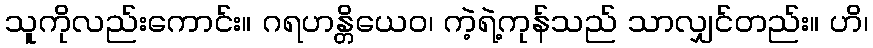
သူကိုလည်းကောင်း။ ဂရဟန္တိယေဝ၊ ကဲ့ရဲ့ကုန်သည် သာလျှင်တည်း။ ဟိ၊